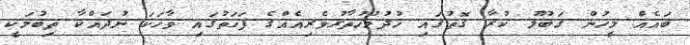
ބައެއް މީހުން ޤަބޫލު ކުރާ ގޮތުގައި ހުދުމުހުތާރުވެރިއެއްގެ ފަހަތުގައި ވާހަކަ ނުދައްކާ ތިބުމަކީ